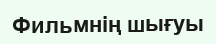
Фильмнің шығуы